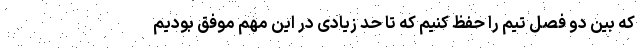
که بین دو فصل تیم را حفظ کنیم که تا حد زیادی در این مهم موفق بودیم